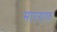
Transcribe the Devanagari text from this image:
मारग्राफ़